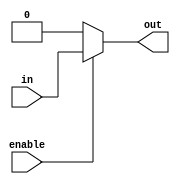
module TransmissionGateDelay (
  input wire enable,
  input wire in,
  output reg out
);

reg gate;

always @ (enable, in)
begin
  if (enable)
    gate <= in;
  else
    gate <= 1'b0;
end

assign out = gate;

endmodule